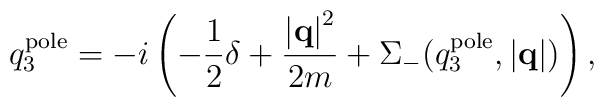
q_3^{\rm pole} = -i \left(-\frac{1}{2}\delta +           \frac{\left|{\bf q}\right|^2}{2m}               + \Sigma_-(q_3^{\rm pole},\left|{\bf q}\right|) \right),